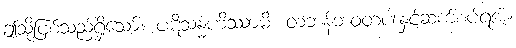
ဤသို့ဖြစ်သည်ရှိသော်။ ပဋိသန္ဓဟိဿာမိ၊ တဘန်ဘဝတပါးနှင့်ဆက်စပ်ရအံ့။